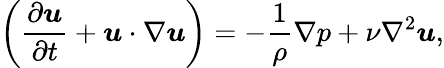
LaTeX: \left(\frac{\partial\boldsymbol{u}}{\partial t}+\boldsymbol{u}\cdot\nabla\boldsymbol{u}\right)=-\frac{1}{\rho}\nabla p+\nu\nabla^{2}\boldsymbol{u},